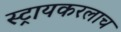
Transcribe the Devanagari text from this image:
स्ट्रायकरलाच